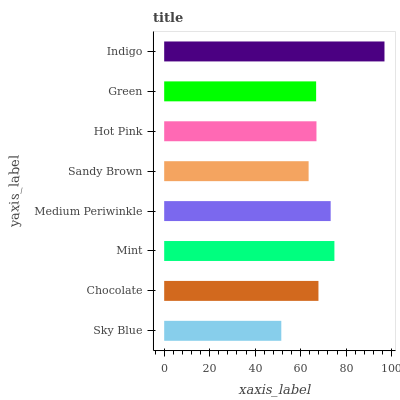
| yaxis_label | bars |
 | --- | --- |
 | Sky Blue | 51.5 |
 | Chocolate | 67.8 |
 | Mint | 74.8 |
 | Medium Periwinkle | 73.2 |
 | Sandy Brown | 63.5 |
 | Hot Pink | 66.9 |
 | Green | 66.8 |
 | Indigo | 96.8 |